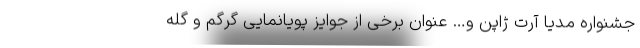
جشنواره مدیا آرت ژاپن و… عنوان برخی از جوایز پویانمایی گرگم و گله